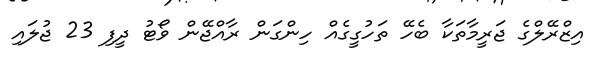
އިޒްރޭލްގެ ޖަރީމާތަކާ ބެހޭ ތަހުގީގެއް ހިންގަން ރާއްޖޭން ވޯޓު ދީފި 23 ޖުލައި